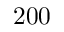
2 0 0